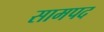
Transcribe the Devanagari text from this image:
सामपद